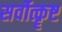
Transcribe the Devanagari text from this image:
सर्वोत्कॄष्ट